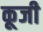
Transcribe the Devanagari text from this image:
कूजी